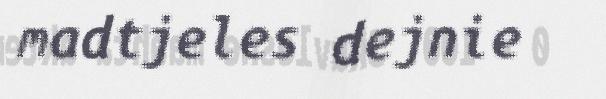
madtjeles dejnie